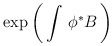
\begin{align*}\exp\left( \, \int \, \phi^* B \, \right)\end{align*}